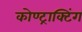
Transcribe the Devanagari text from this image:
कोण्ट्राक्टिंग